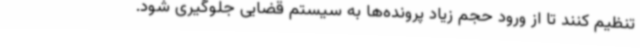
تنظیم کنند تا از ورود حجم زیاد پرونده‌ها به سیستم قضایی جلوگیری شود.